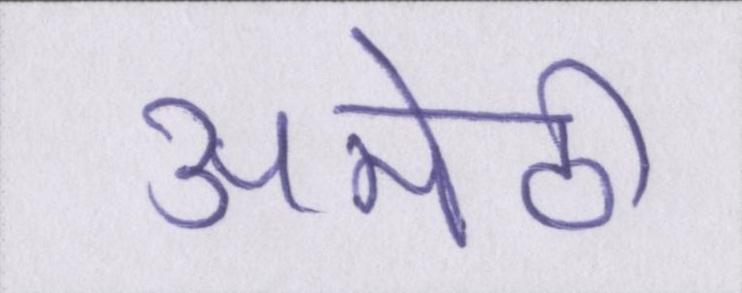
अमेठी